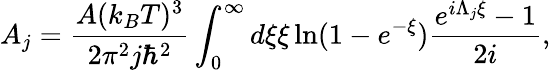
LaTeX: A_{j}=\frac{A(k_{B}T)^{3}}{2\pi^{2}j\hbar^{2}}\int_{0}^{\infty}d\xi\xi\ln(1-e^{-\xi})\frac{e^{i\Lambda_{j}\xi}-1}{2i},